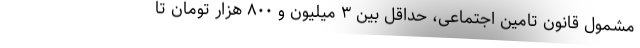
مشمول قانون تامین اجتماعی، حداقل بین ۳ میلیون و ۸۰۰ هزار تومان تا